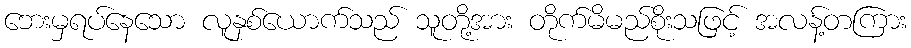
ဘေးမှရပ်နေသော လူနှစ်ယောက်သည် သူတို့အား တိုက်မိမည်စိုးသဖြင့် အလန့်တကြား